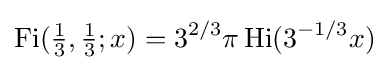
\operatorname {Fi} ({\tfrac {1}{3}},{\tfrac {1}{3}};x)=3^{2/3}\pi \operatorname {Hi} (3^{-1/3}x)